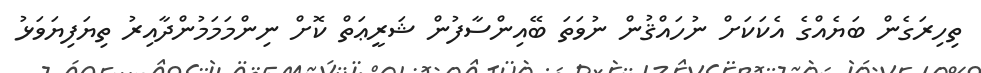
ތިހިރަގެން ބަޔެއްގެ އެކަކަށް ނުހައްޤުން ނުވަތަ ބޭއިންސާފުން ޝަރީޢަތް ކޮށް ނިންމަމަމުންދާއިރު ތިޔަފިޔަވަޅު